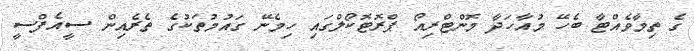
ގެ ތިމާވެއްޓާ ބެހޭ މުއާހަދާ މޮންޓްރިއޯ ޕްރޮޓޮކޯލްގައި ހިމެނޭ ގައުމުތަކުގެ ތެރެއިން ސީއެފްސީ